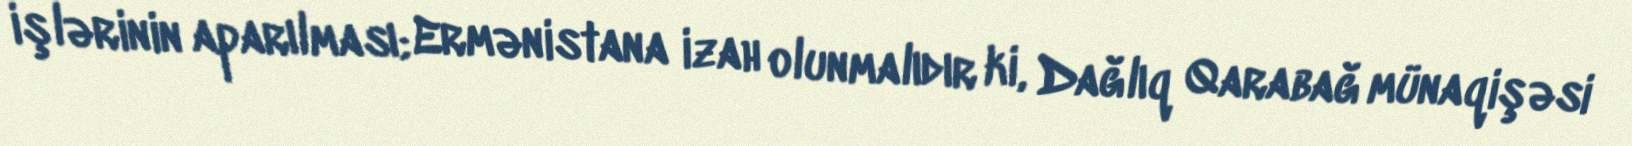
işlərinin aparılması; Ermənistana izah olunmalıdır ki, Dağlıq Qarabağ münaqişəsi